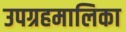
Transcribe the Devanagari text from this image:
उपग्रहमालिका